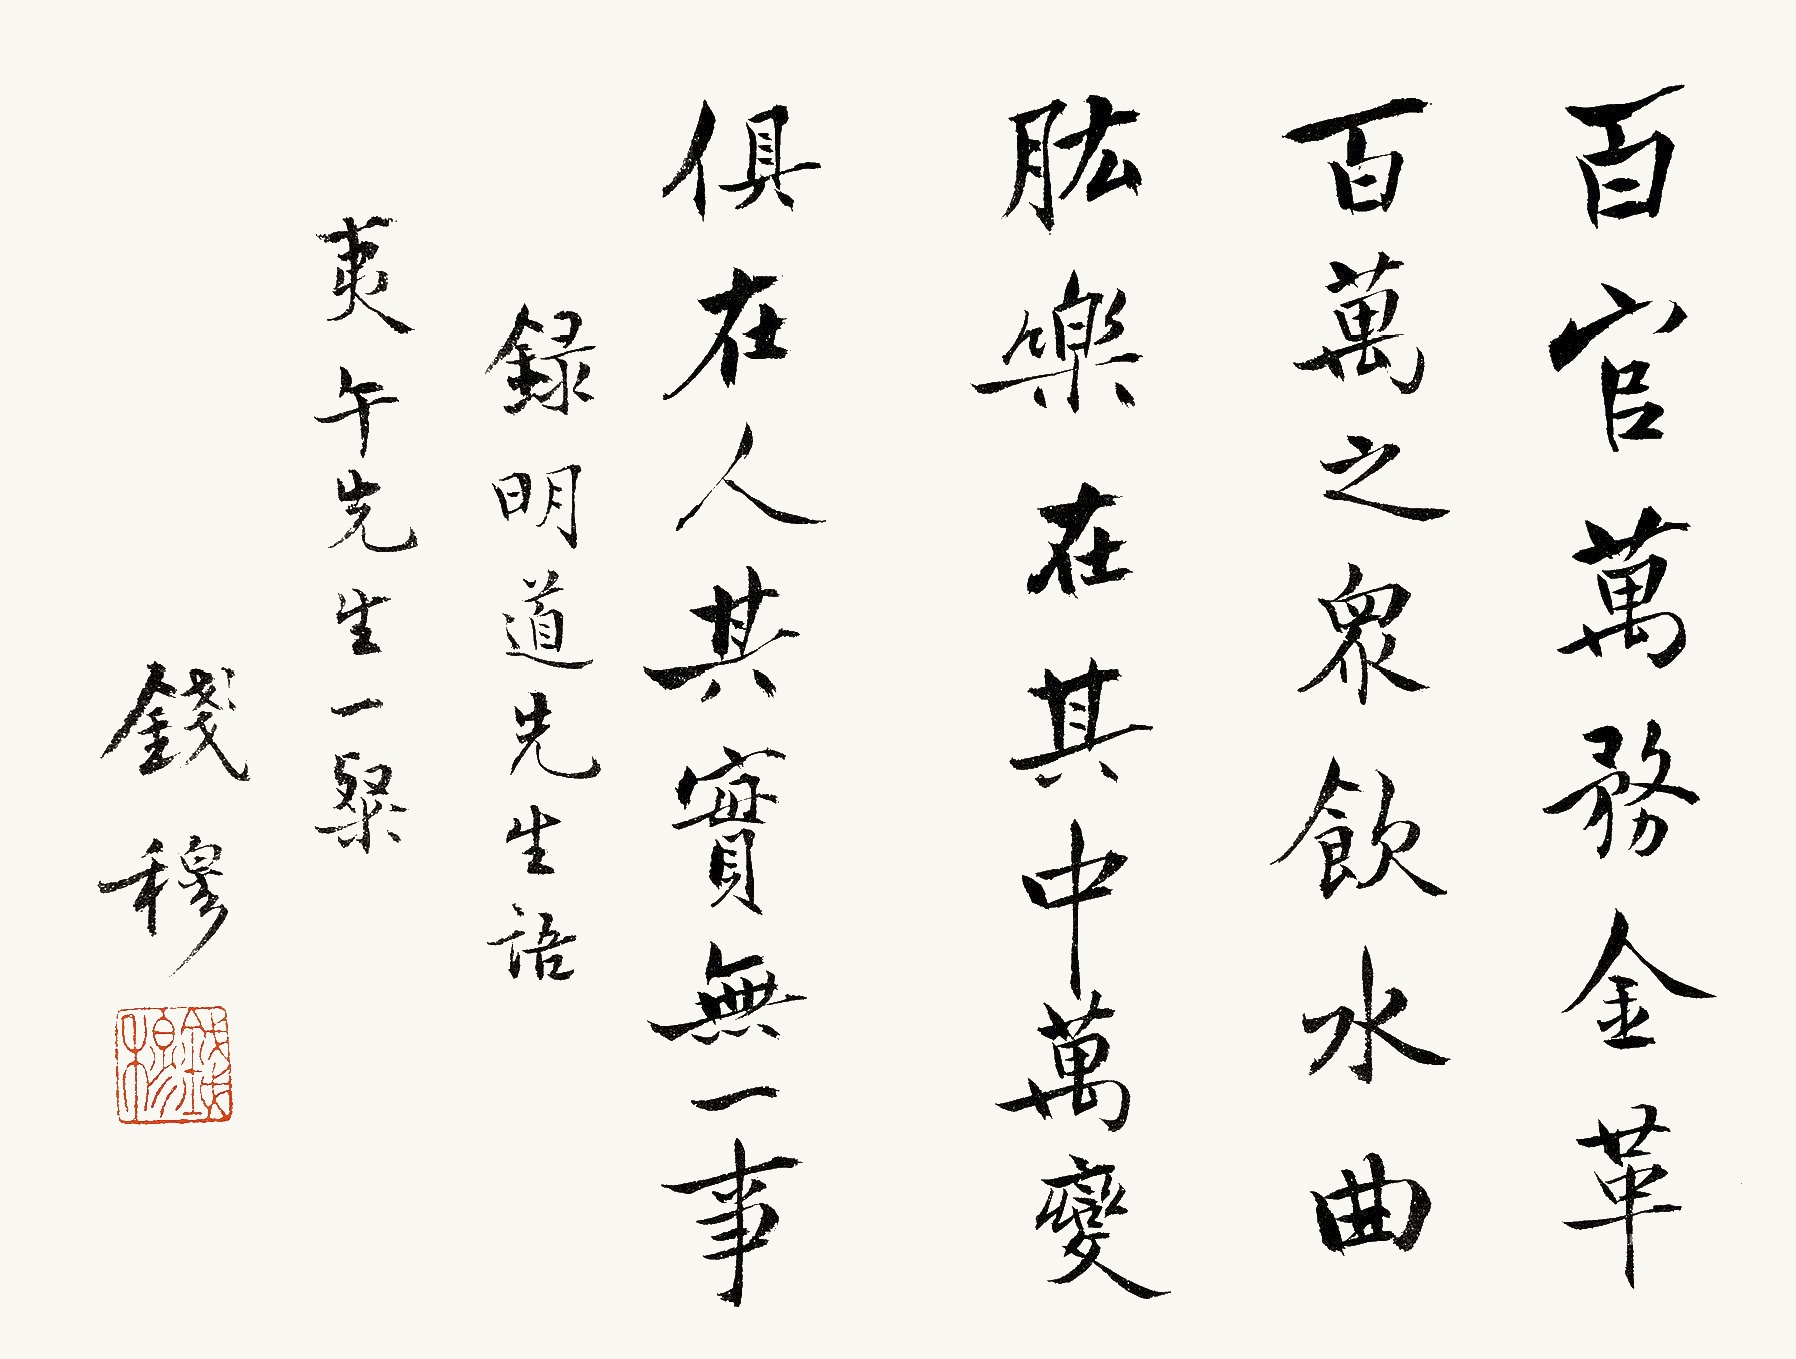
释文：百官万务，金革百万之众，饮水曲肱，乐在其中。万变俱在人，其实无一事。录明道先生语，夷午先生一粲。钱穆。